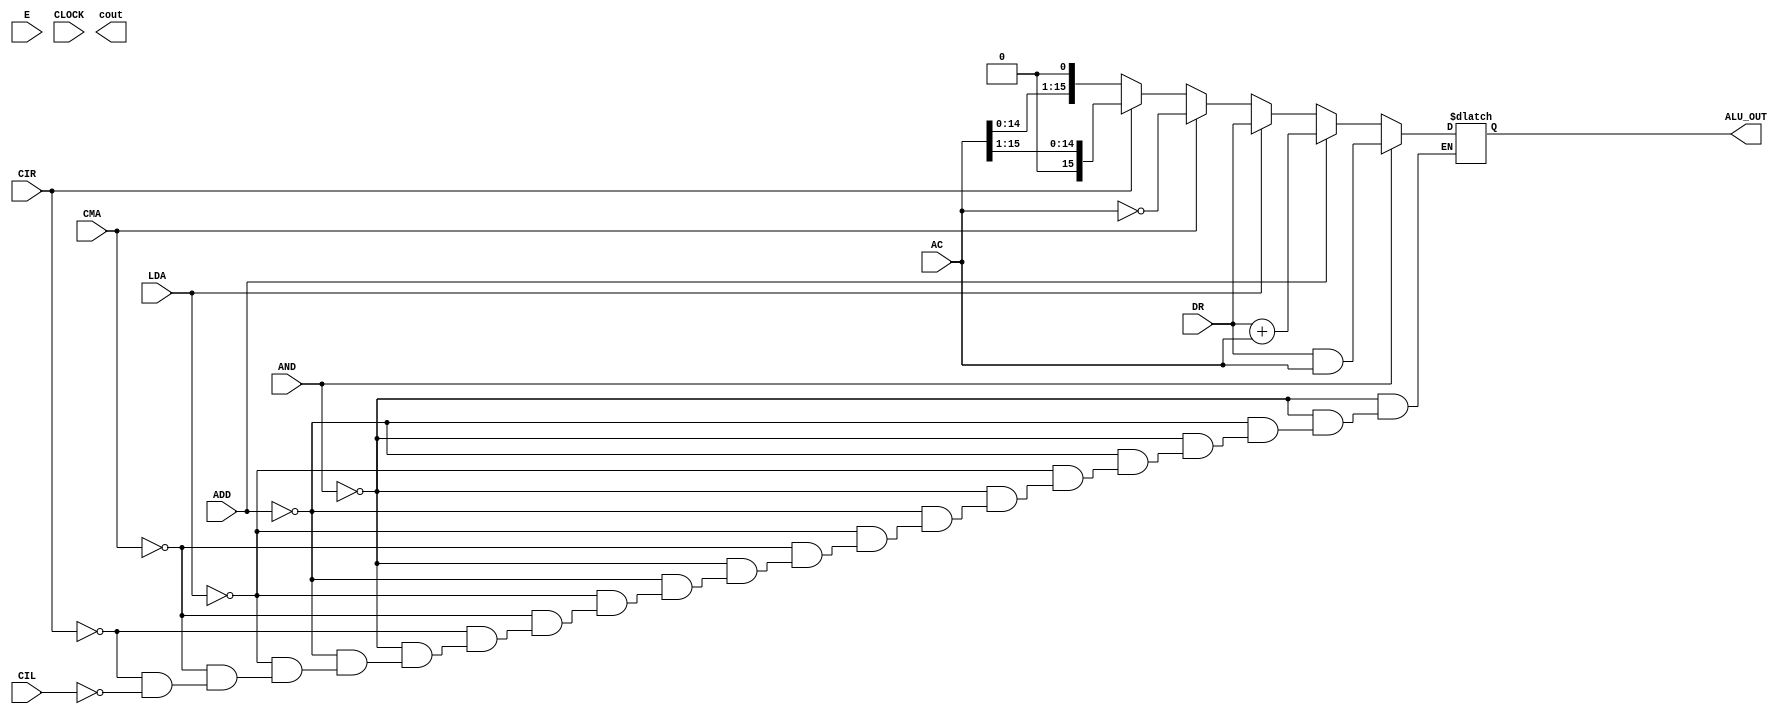
//`timescale 1ns / 1ps
////////////////////////////////////////////////////////////////////////////////////
//// Company: 
//// Engineer: 
//// 
//// Design Name: 
//// Module Name: ADDER_AND_LOGIC_UNIT
//// Project Name: 
//// Target Devices: 
//// Tool Versions: 
//// Description: 
//// 
//// Dependencies: 
//// 
//// Revision:
//// Revision 0.01 - File Created
//// Additional Comments:
//// 
////////////////////////////////////////////////////////////////////////////////////


module ADDER_AND_LOGIC_UNIT(
    input AND,
    input ADD,
    input  LDA,
    input   CMA,
    input   CIR,
    input   CIL,
    input   E,     
    input [15:0] AC,
    input CLOCK,
    input [15:0] DR,
    
    output cout ,
    output  reg [15:0]  ALU_OUT);
    
    wire [15:0] _AND,_ADD,_LDA,_CMA,_CIR,_CIL;     
   
    wire [15:0] OUT1,OUT2,OUT3,OUT4,OUT5,OUT6 ;         
    wire CARRY ;
    wire SUM;
    
 always @(CLOCK)   
    if(AND)begin
 	ALU_OUT = DR & AC;
 	end else if(ADD)begin
 	ALU_OUT = DR + AC;
 	end else if(LDA)begin
 	ALU_OUT = DR;
 	end else if(CMA)begin
 	ALU_OUT = ~AC;
 	end else if(CIR)begin
 	ALU_OUT = (AC >> 1);
 	end else if(CIL)begin
 	ALU_OUT = (AC << 1);
 	end
 	
 	endmodule